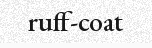
ruff-coat